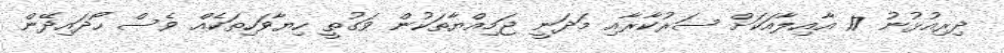
ދިރިއުޅުނު 17 އާއިލާއަކަށް ސަރުކާރާއި މަދަނީ ޖަމިއްޔާތަކުން ވަގުތީ ހިޔާވަހިތަކެއް ވެސް ހޯދައިދޭން